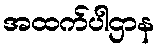
အထက်ပါဌာန